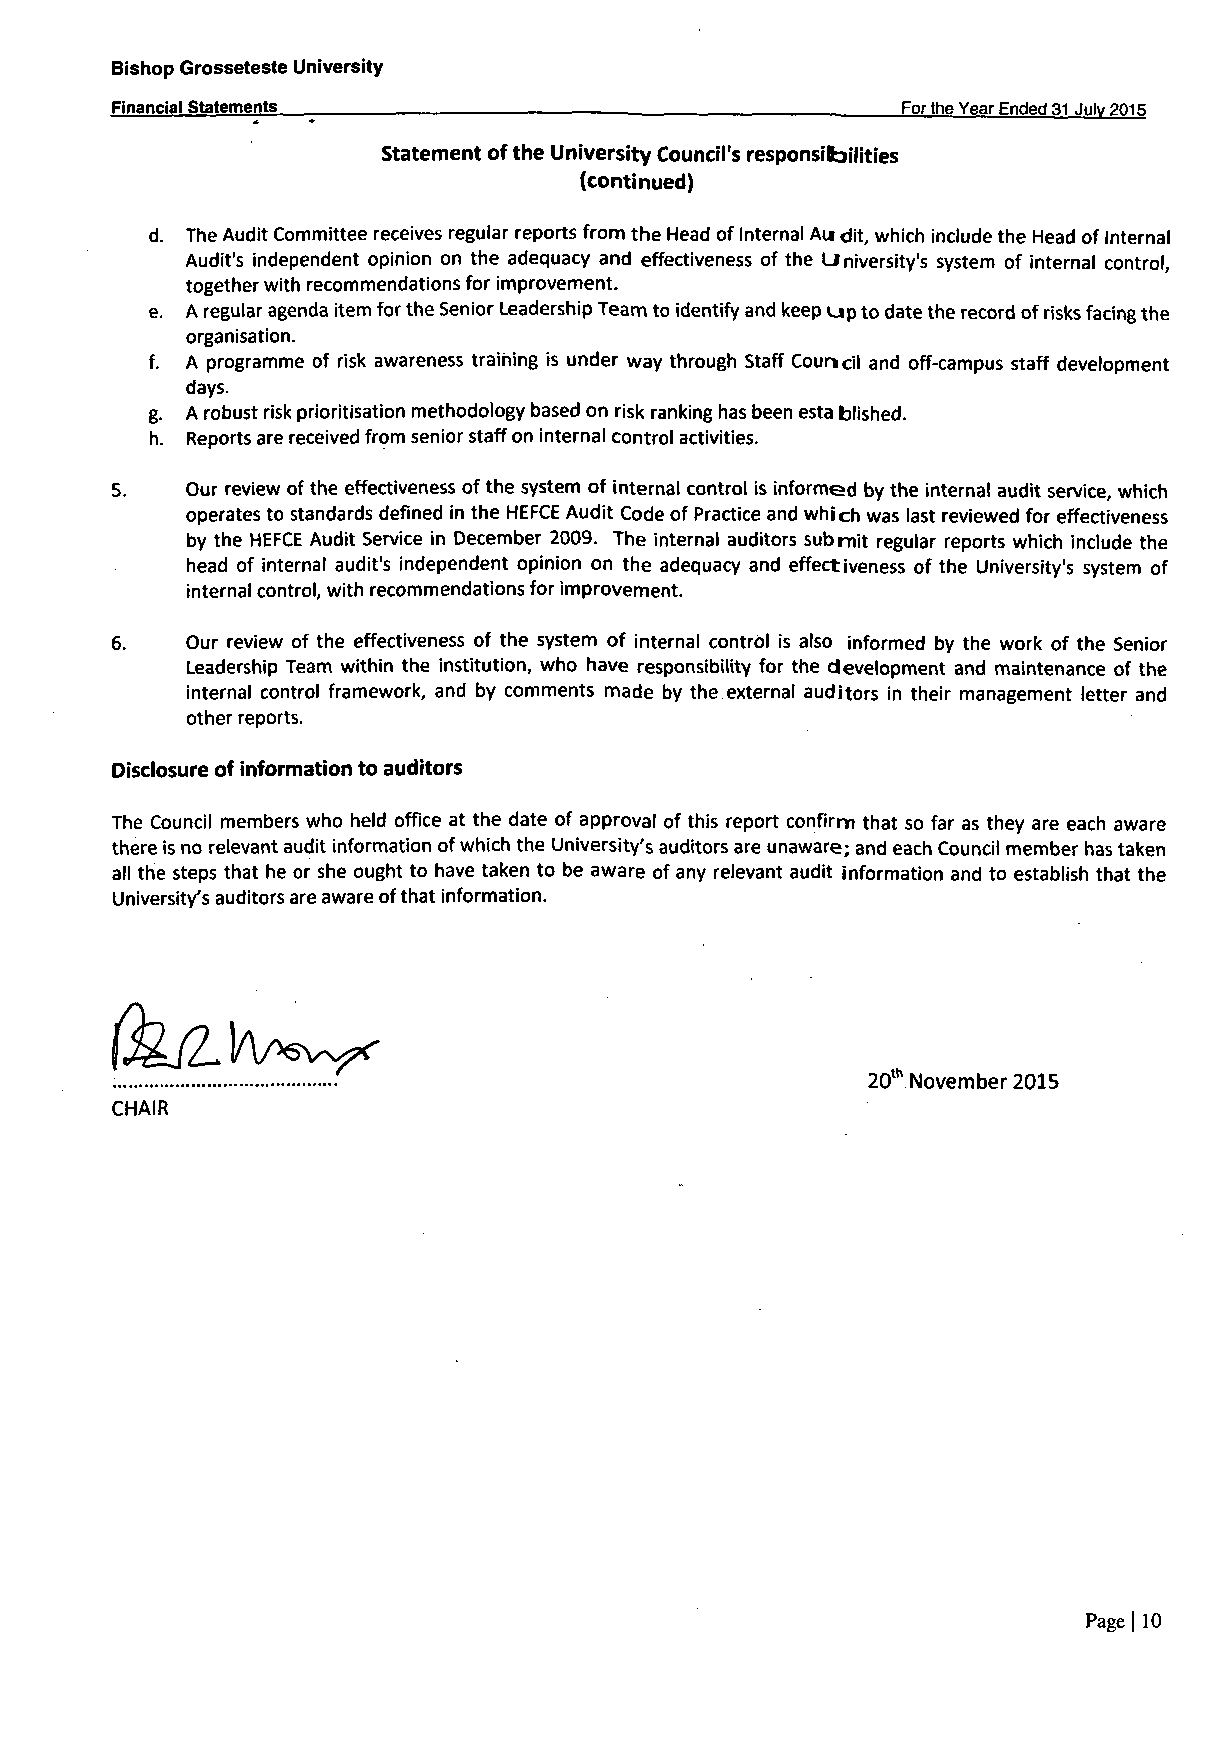
Bishop Grosseteste University
 Financial Statements                                 For the Year Ended 31 Julv 2015
 Statement of the University Council's responsibilities
 (continued)
 d. The Audit Committee receives regular reports from the Head of Internal Au dit, which include the Head of Internal
 Audit's independent opinion on the adequacy and effectiveness of the University's system of internal control,
 together with recommendations for improvement.
 e. A regular agenda item for the Senior Leadership Team to identify and keep up to date the record of risks facing the
 organisation.
 f. A programme of risk awareness training is under way through Staff Council and off-campus staff development
 days.
 g. A robust risk prioritisation methodology based on risk ranking has been esta blished.
 h. Reports are received from senior staff on internal control activities.
 5.   Our review of the effectiveness of the system of internal control is informed by the internal audit service, which
 operates to standards defined in the HEFCE Audit Code of Practice and which was last reviewed for effectiveness
 by the HEFCE Audit Service in December 2009. The internal auditors submit regular reports which include the
 head of internal audit's independent opinion on the adequacy and effectiveness of the University's system of
 internal control, with recommendations for improvement.
 6.   Our review of the effectiveness of the system of internal control is also informed by the work of the Senior
 Leadership Team within the institution, who have responsibility for the development and maintenance of the
 internal control framework, and by comments made by the external auditors in their management letter and
 other reports.
 Disclosure of information to auditors
 The Council members who held office at the date of approval of this report confirm that so far as they are each aware
 there is no relevant audit information of which the University's auditors are unaware; and each Council member has taken
 all the steps that he or she ought to have taken to be aware of any relevant audit information and to establish that the
 University's auditors are aware of that information.
 2CT November 2015
 CHAIR
 Page| 10